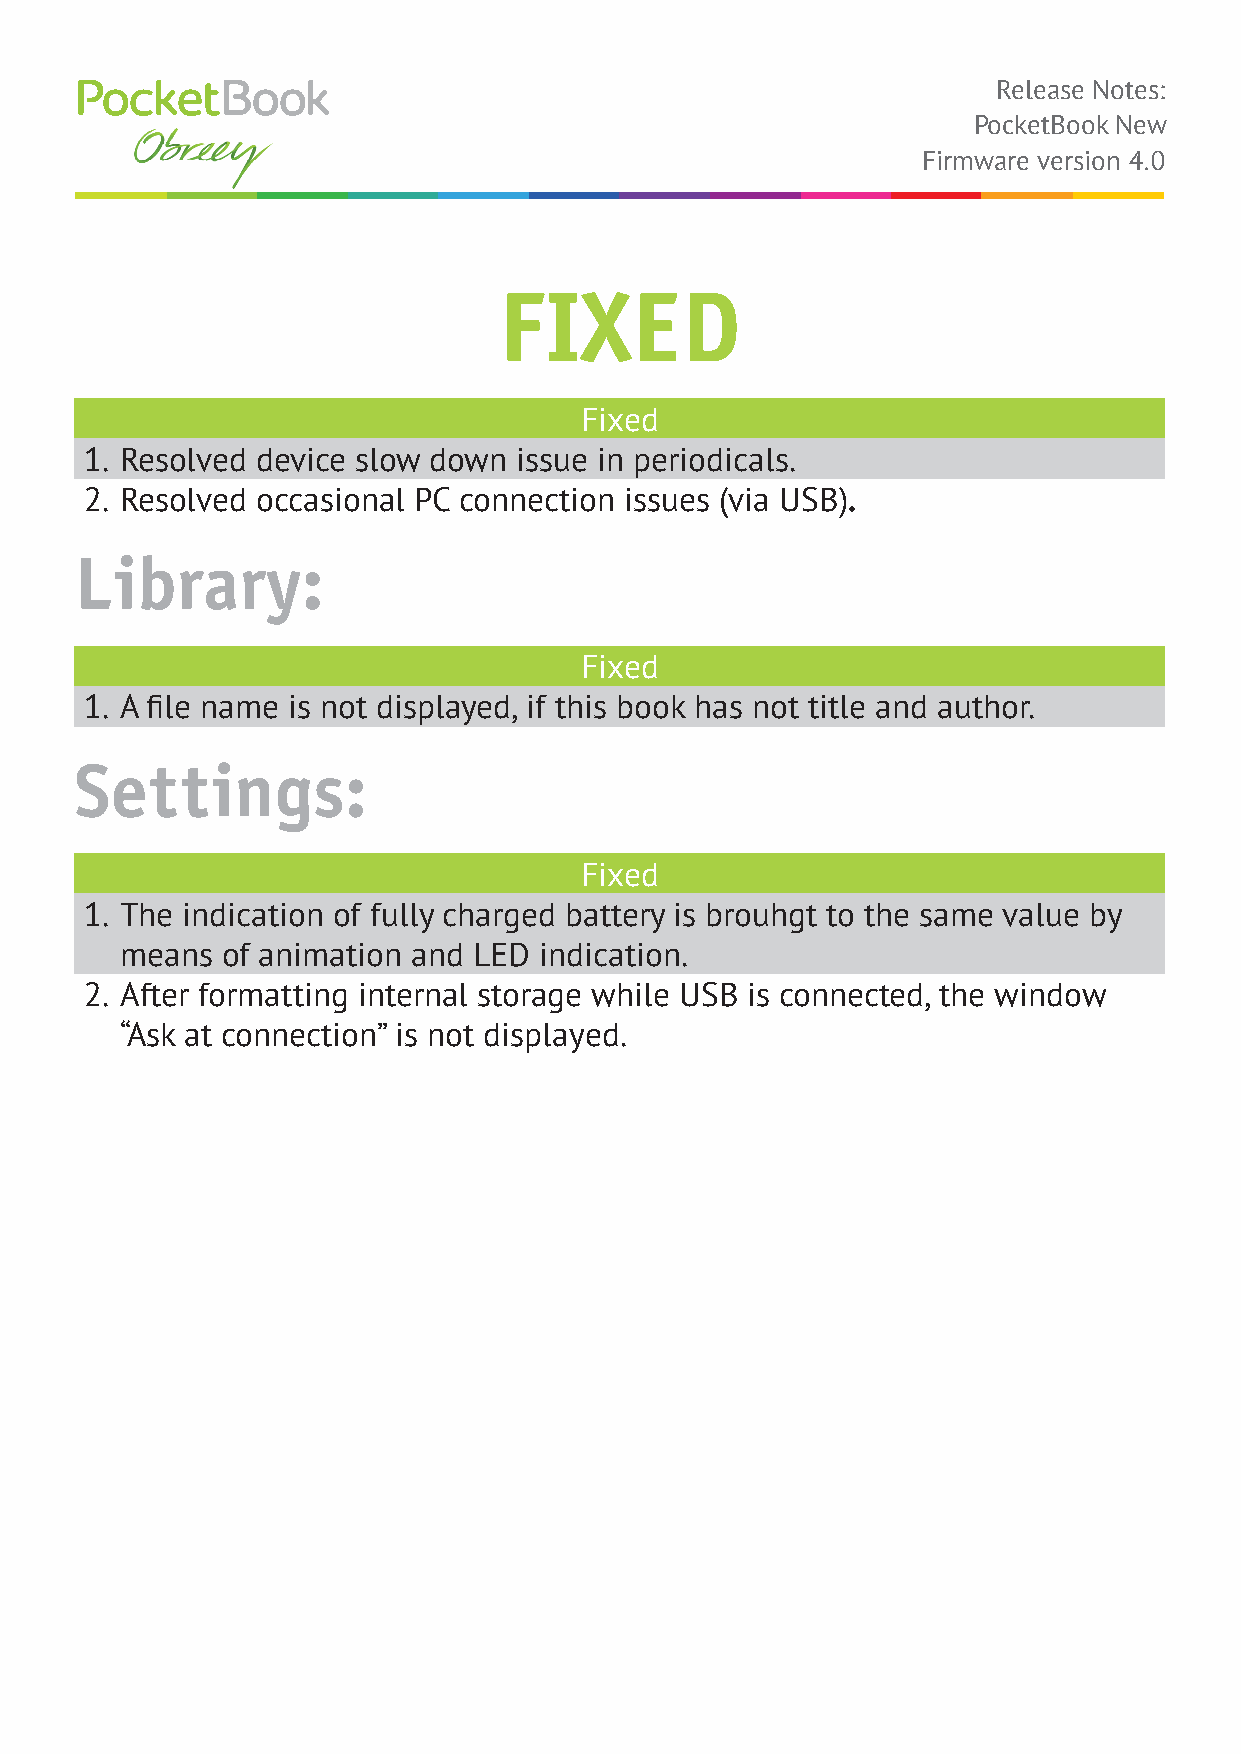
Release Notes:
 PocketBook New
 Firmware version 4.0
 FIXED
 Fixed
 1. Resolved device slow down issue in periodicals.
 2. Resolved occasional PC connection issues (via USB).
 Library:
 Fixed
 1. A file name is not displayed, if this book has not title and author.
 Settings:
 Fixed
 1. The indication of fully charged battery is brouhgt to the same value by
 means  of animation and LED indication.
 2. After formatting internal storage while USB is connected, the window
 “Ask at connection” is not displayed.